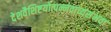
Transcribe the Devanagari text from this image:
देशवैशिष्टयोत्पन्नवाच्यसंभवा